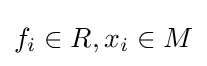
f_{i}\in R,x_{i}\in M